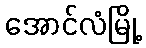
အောင်လံမြို့